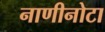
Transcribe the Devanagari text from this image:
नाणीनोटा